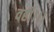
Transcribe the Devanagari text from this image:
वही।।।